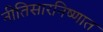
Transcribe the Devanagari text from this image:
नीतिसारनिष्णात